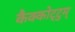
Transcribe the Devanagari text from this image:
कैक्कोट्टुम्